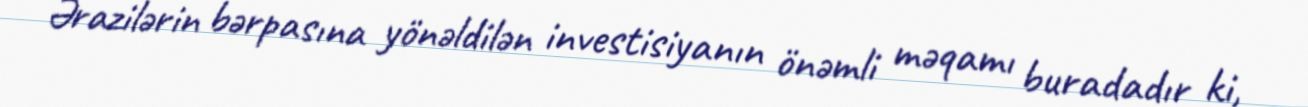
Ərazilərin bərpasına yönəldilən investisiyanın önəmli məqamı buradadır ki,